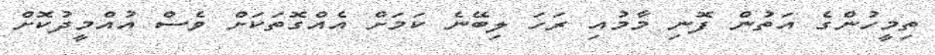
ތިމީހުންގެ އަތުން ފޮނި މާމުއި ރަހަ ލިބޭނެ ކަމަށް އެއްގޮތަކަށް ވެސް އުއްމީދުކޮށް